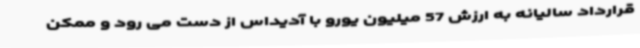
قرارداد سالیانه به ارزش 57 میلیون یورو با آدیداس از دست می رود و ممکن